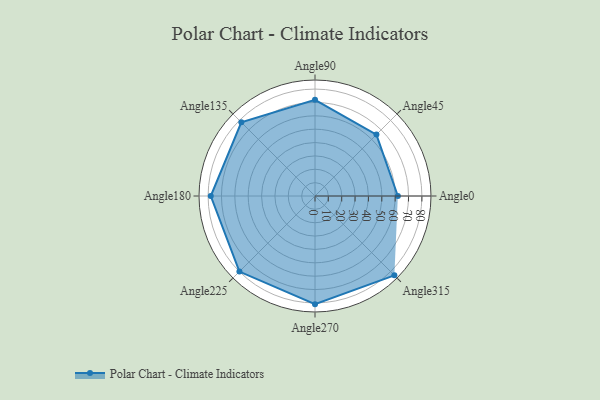
{"axis": {"x": "Angle", "y": "Radius"}, "legend": [""], "data": [{"x": "Angle0", "y": 62.0, "type": ""}, {"x": "Angle45", "y": 65.0, "type": ""}, {"x": "Angle90", "y": 72.0, "type": ""}, {"x": "Angle135", "y": 78.0, "type": ""}, {"x": "Angle180", "y": 78.0, "type": ""}, {"x": "Angle225", "y": 80.0, "type": ""}, {"x": "Angle270", "y": 81.0, "type": ""}, {"x": "Angle315", "y": 84.0, "type": ""}]}